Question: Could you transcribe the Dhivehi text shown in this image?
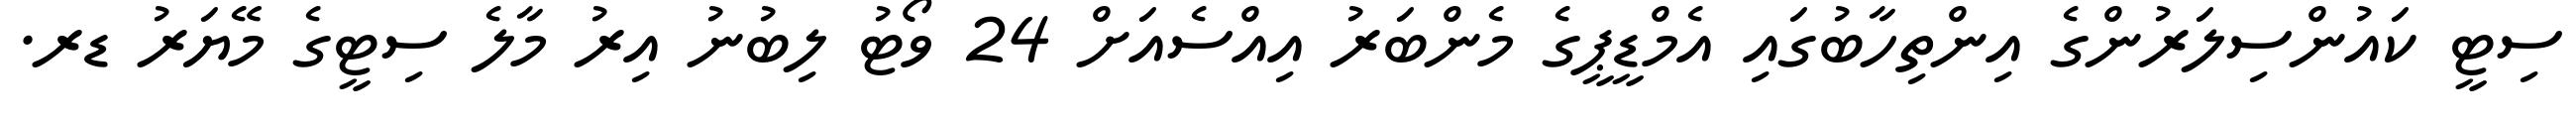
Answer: ސިޓީ ކައުންސިލަރުންގެ އިންތިހާބުގައި އެމްޑީޕީގެ މެންބަރު އިއްސެއަށް 24 ވޯޓު ލިބުނު އިރު މާލެ ސިޓީގެ މޭޔަރު ޑރ.